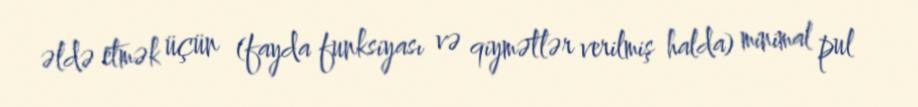
əldə etmək üçün (fayda funksiyası və qiymətlər verilmiş halda) minimal pul